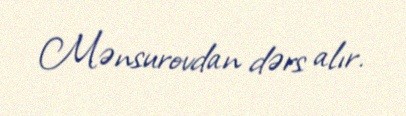
Mənsurovdan dərs alır.